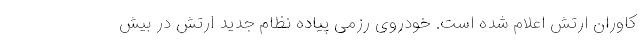
کاوران ارتش اعلام شده است. خودروی رزمی پیاده نظام جدید ارتش در بیش